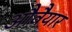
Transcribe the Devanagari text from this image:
औवैयार